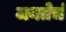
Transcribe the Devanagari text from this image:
जनतेचं